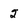
Character: 2